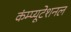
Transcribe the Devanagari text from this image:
कंम्‍प्‍यूटेशनल